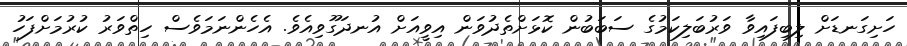
ހަށިގަނޑަށް ލިބިފައިވާ ވަރުބަލިކަމުގެ ސަބަބުން ކޮޅަށްތެދުވަން އިވީއަށް އުނދަގޫވިއެވެ. އެހެންނަމަވެސް ހިތްވަރު ކުރުމަށްފަހު